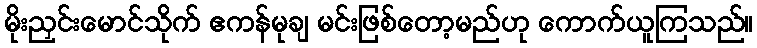
မိုးညှင်းမောင်သိုက် ဧကန်မုချ မင်းဖြစ်တော့မည်ဟု ကောက်ယူကြသည်။